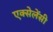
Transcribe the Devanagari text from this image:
एक्सेलेंसी